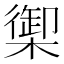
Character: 𬄧